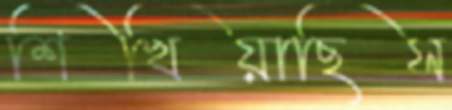
শিখিয়াছিস